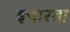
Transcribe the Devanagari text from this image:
इचारता